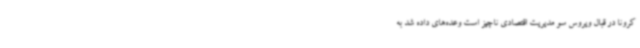
کرونا در قبال ویروس سو مدیریت اقتصادی ناچیز است وعده‌های داده شد به